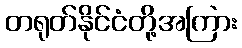
တရုတ်နိုင်ငံတို့အကြား